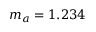
m _ { a } = 1 . 2 3 4